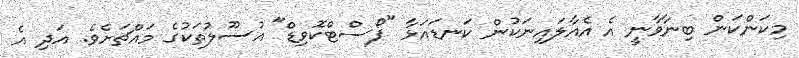
މިކަންކަން ބިނާވާނީ އެ އެއާލައިނަކުން ކަނޑައަޅާ "ޕޯސްޓްކޮވިޑް" އުސޫލުތަކުގެ މައްޗަށެވެ. އަދި އެ